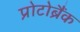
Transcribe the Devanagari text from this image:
प्रोटोब्रैंक